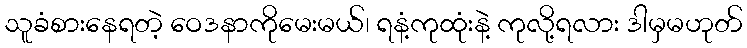
သူခံစားနေရတဲ့ ဝေဒနာကိုမေးမယ်၊ ရနံ့ကုထုံးနဲ့ ကုလို့ရလား ဒါမှမဟုတ်